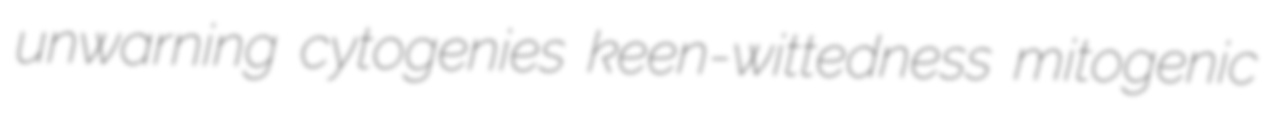
unwarning cytogenies keen-wittedness mitogenic